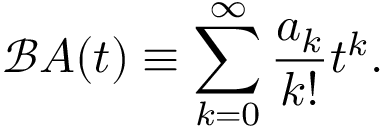
\mathcal { B } A ( t ) \equiv \sum _ { k = 0 } ^ { \infty } \frac { a _ { k } } { k ! } t ^ { k } .